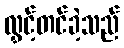
လွှင့်တင်ခဲ့သည်